Annual report of the Imperial Bacteriologist
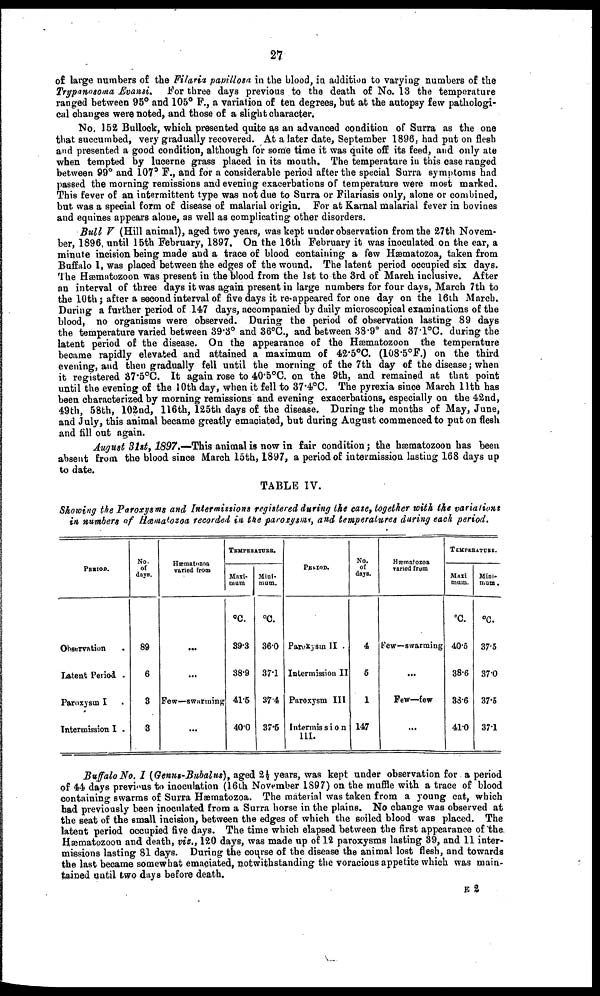
27
of large numbers of the Filaria papillosa in the blood, in addition to varying numbers of the
Trypanosoma Evansi. For three days previous to the death of No. 13 the temperature
ranged between 95° and 105° F., a variation of ten degrees, but at the autopsy few pathologi-
cal changes were noted, and those of a slight character.
No. 152 Bullock, which presented quite as an advanced condition of Surra as the one
that succumbed, very gradually recovered. At a later date, September 1896, had put on flesh
and presented a good condition, although for some time it was quite off its feed, and only ate
when tempted by lucerne grass placed in its mouth. The temperature in this case ranged
between 99° and 107° F., and for a considerable period after the special Surra symptoms had
passed the morning remissions and evening exacerbations of temperature were most marked.
This fever of an intermittent type was not due to Surra or Filariasis only, alone or combined,
but was a special form of disease of malarial origin. For at Karnal malarial fever in bovines
and equines appears alone, as well as complicating other disorders.
Bull V (Hill animal), aged two years, was kept under observation from the 27th Novem-
ber, 1896, until 15th February, 1897. On the 16th February it was inoculated on the ear, a
minute incision being made and a trace of blood containing a few Hæmatozoa, taken from
Buffalo I, was placed between the edges of the wound. The latent period occupied six days.
The Hæmatozoon was present in the blood from the 1st to the 3rd of March inclusive. After
an interval of three days it was again present in large numbers for four days, March 7th to
the 10th; after a second interval of five days it re-appeared for one day on the 16th March.
During a further period of 147 days, accompanied by daily microscopical examinations of the
blood, no organisms were observed. During the period of observation lasting 89 days
the temperature varied between 39.3° and 36°C., and between 38.9° and 37.1°C. during the
latent period of the disease. On the appearance of the Hæmatozoon the temperature
became rapidly elevated and attained a maximum of 42.5°C. (108.5°F.) on the third
evening, and then gradually fell until the morning of the 7th day of the disease; when
it registered 37.5°C. It again rose to 40.5°C. on the 9th, and remained at that point
until the evening of the 10th day, when it fell to 37.4°C. The pyrexia since March 11th has
been characterized by morning remissions and evening exacerbations, especially on the 42nd,
49th, 58th, 102nd, 116th, 125th days of the disease. During the months of May, June,
and July, this animal became greatly emaciated, but during August commenced to put on flesh
and fill out again.
August 31st, 1897.—This animal is now in fair condition ; the hæmatozoon has been
absent from the blood since March 15th, 1897, a period of intermission lasting 168 days up
to date.
TABLE IV.
Showing the Paroxysms and Intermissions registered during the case, together with the variations
in numbers of Hæmatozoa recorded in the paroxysms, and temperatures during each period.
PERIOD.
Observation.
Latent Period .
Paroxysm I .
Intermission I .
No.
of
days.
89
6
3
3
Hæmatozoa
varied from
...
...
Few—swarming
...
TEMPERATURE.
Maxi-
mum
°C.
39.3
38.9
41.5
40.0
Mini-
mum.
°C.
36.0
37.1
37.4
37.5
PERIOD.
Paroxysm II .
Intermission II
Paroxysm III
Intermission
III
No.
of
days.
4
5
1
147
Hæmatozoa
varied from
Few—swarming
...
Few—few
...
TEMPERATURE.
Maxi¬
mum.
°C.
40.5
38.6
38.6
41.0
Mini¬
mum.
°C.
37.5
37.0
37.5
37.1
Buffalo No. I (Genus-Bubalus), aged 2½ years, was kept under observation for a period
of 44 days previous to inoculation (16th November 1897) on the muffle with a trace of blood
containing swarms of Surra Hæmatozoa. The material was taken from a young cat, which
had previously been inoculated from a Surra horse in the plains. No change was observed at
the seat of the small incision, between the edges of which the soiled blood was placed. The
latent period occupied five days. The time which elapsed between the first appearance of the
Hæmatozoon and death, viz., 120 days, was made up of 12 paroxysms lasting 39, and 11 inter-
missions lasting 81 days. During the course of the disease the animal lost flesh, and towards
the last became somewhat emaciated, notwithstanding the voracious appetite which was main¬
tained until two days before death.
E 2